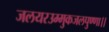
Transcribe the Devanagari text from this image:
जलयरउम्मुकजलपुण्णा।।